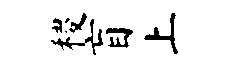
稷盲上